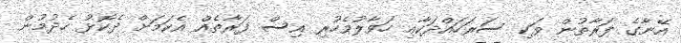
އޭނާގެ ފަރާތުން ވަކި ސަރަހައްދަކާއި ހަވާލުވެހުރި އިސް ފަރާތެއް އެކަމަށް ދެކޮޅު ހެދުމުން